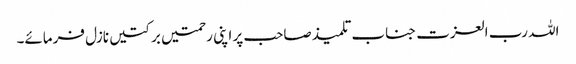
اللہ رب العزت جناب تلمیذ صاحب پر اپنی رحمتیں برکتیں نازل فرمائے۔